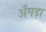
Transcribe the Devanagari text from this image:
अँगड़ा